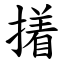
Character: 撯